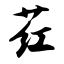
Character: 荭